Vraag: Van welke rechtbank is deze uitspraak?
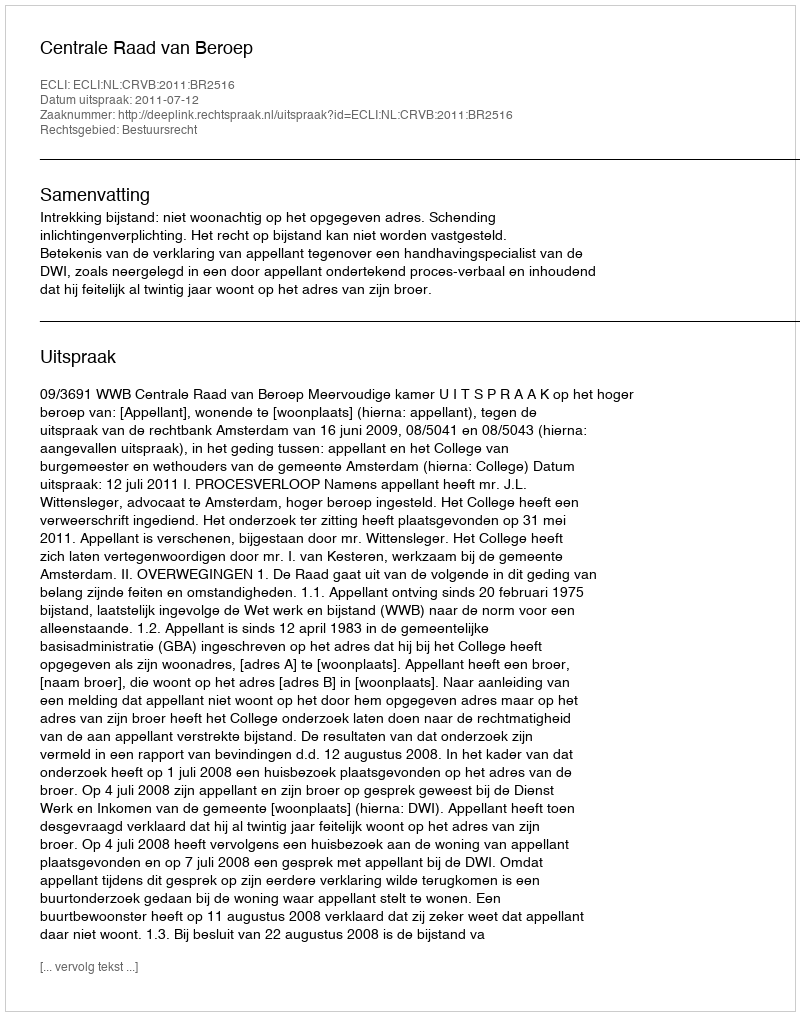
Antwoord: Centrale Raad van Beroep